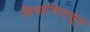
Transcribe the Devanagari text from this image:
सिमारेषेपासून